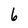
Character: 6